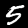
Label: 5